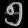
Digit: ၅